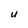
Character: U